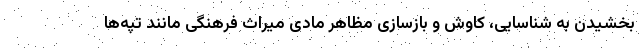
بخشیدن به شناسایی، کاوش و بازسازی مظاهر مادی میراث فرهنگی مانند تپه‌ها